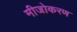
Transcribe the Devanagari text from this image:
मीजोकरण